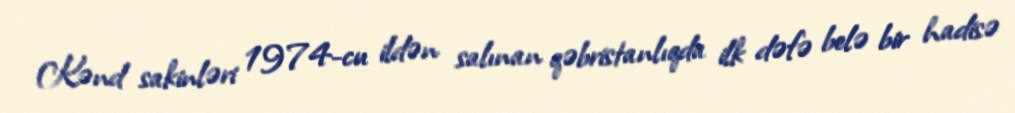
Kənd sakinləri 1974-cu ildən salınan qəbristanlıqda ilk dəfə belə bir hadisə